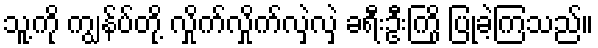
သူ့ကို ကျွန်ပ်တို့ လှိုက်လှိုက်လှဲလှဲ ခရီးဦးကြို ပြုခဲ့ကြသည်။